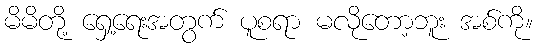
မိမိတို့ ရှေ့ရေးအတွက် ပူစရာ မလိုတော့ဘူး အစ်ကို။